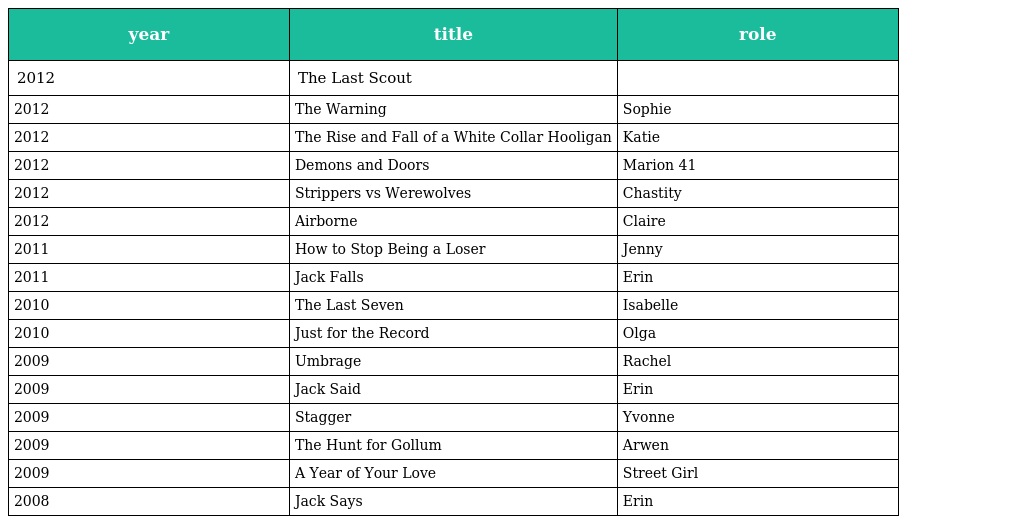
| year | title | role |
 | --- | --- | --- |
 | 2012 | The Last Scout |  |
 | 2012 | The Warning | Sophie |
 | 2012 | The Rise and Fall of a White Collar Hooligan | Katie |
 | 2012 | Demons and Doors | Marion 41 |
 | 2012 | Strippers vs Werewolves | Chastity |
 | 2012 | Airborne | Claire |
 | 2011 | How to Stop Being a Loser | Jenny |
 | 2011 | Jack Falls | Erin |
 | 2010 | The Last Seven | Isabelle |
 | 2010 | Just for the Record | Olga |
 | 2009 | Umbrage | Rachel |
 | 2009 | Jack Said | Erin |
 | 2009 | Stagger | Yvonne |
 | 2009 | The Hunt for Gollum | Arwen |
 | 2009 | A Year of Your Love | Street Girl |
 | 2008 | Jack Says | Erin |